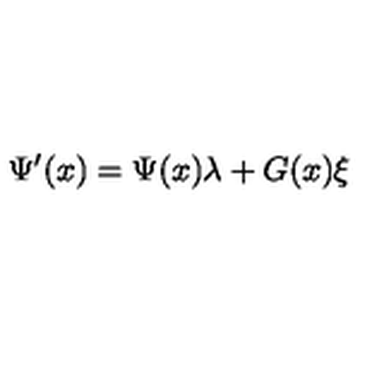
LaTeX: \Psi ^ { \prime } ( x ) = \Psi ( x ) \lambda + G ( x ) \xi